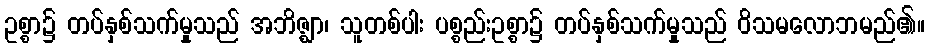
ဥစ္စာ၌ တပ်နှစ်သက်မှုသည် အဘိဇ္ဈာ၊ သူတစ်ပါး ပစ္စည်းဥစ္စာ၌ တပ်နှစ်သက်မှုသည် ဝိသမလောဘမည်၏။